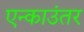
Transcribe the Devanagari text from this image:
एन्काउंतर